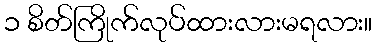
၁ စိတ်ကြိုက်လုပ်ထားလားမရလား။